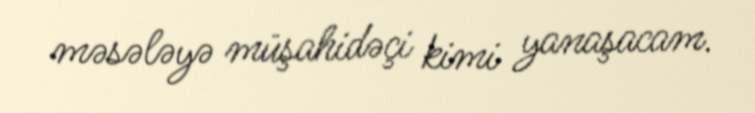
məsələyə müşahidəçi kimi yanaşacam.